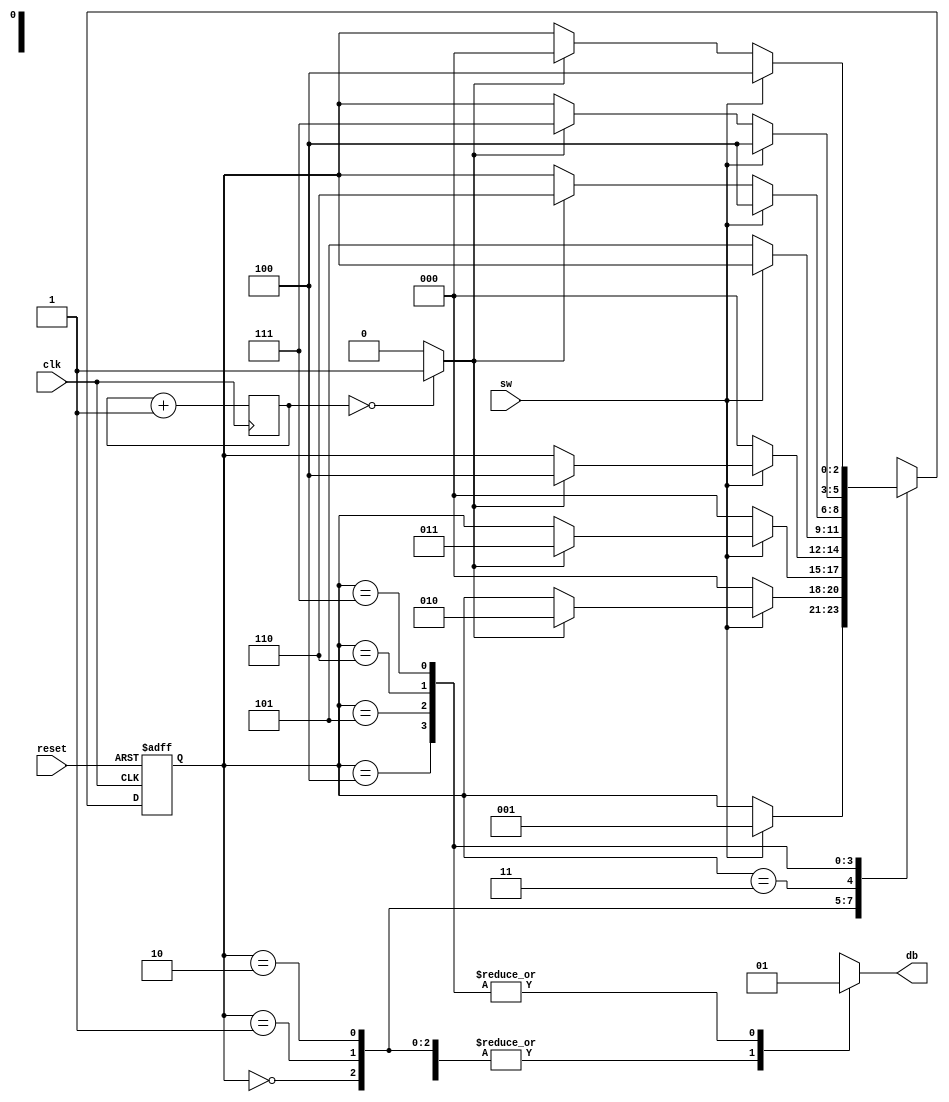
`timescale 1ns / 1ps
//////////////////////////////////////////////////////////////////////////////////
// Company: 
// Engineer: 
// 
// Design Name: 
// Module Name:    Debouncer 
// Project Name: 
// Target Devices: 
// Tool versions: 
// Description: 
//
// Dependencies: 
//
// Revision: 
// Revision 0.01 - File Created
// Additional Comments: 
//
//////////////////////////////////////////////////////////////////////////////////
module Debouncer
	 (
    input wire clk, reset,
    input wire sw, //swith de entrada
    output reg db //salida corregida
   );

   // declaracion de los estados
   localparam  [2:0]
               cero    = 3'b000,
               wait1_1 = 3'b001,
               wait1_2 = 3'b010,
               wait1_3 = 3'b011,
               uno     = 3'b100,
               wait0_1 = 3'b101,
               wait0_2 = 3'b110,
               wait0_3 = 3'b111;

   // number of counter bits (2^N * 20ns = 10ms tick)
   localparam N =19;

   // declaracin de variables
   reg [N-1:0] q_reg;
   wire [N-1:0] q_next;
   wire m_tick;
   reg [2:0] state_reg, state_next;

 

  
   // contador para generar el tick de 10 ms 
   always @(posedge clk)
      q_reg <= q_next;
   // next-state logic
   assign q_next = q_reg + 1;
   // output tick
   assign m_tick = (q_reg==0) ? 1'b1 : 1'b0;

 
   // Mquina de estados
  
   // controlador deestados
    always @(posedge clk, posedge reset)
       if (reset)
          state_reg <= cero;
       else
          state_reg <= state_next;

   // logica de transicin entre estados
   always @*
   begin
      state_next = state_reg;  // default state: the same
      db = 1'b0;               // default output: 0
      case (state_reg)
         cero:
            if (sw)
               state_next = wait1_1;
         wait1_1:
            if (~sw)
               state_next = cero;
            else
               if (m_tick)
                  state_next = wait1_2;
         wait1_2:
            if (~sw)
               state_next = cero;
            else
               if (m_tick)
                  state_next = wait1_3;
         wait1_3:
            if (~sw)
               state_next = cero;
            else
               if (m_tick)
                  state_next = uno;
         uno:
            begin
              db = 1'b1;
              if (~sw)
                 state_next = wait0_1;
            end
         wait0_1:
            begin
               db = 1'b1;
               if (sw)
                  state_next = uno;
               else
                 if (m_tick)
                    state_next = wait0_2;
            end
         wait0_2:
            begin
               db = 1'b1;
               if (sw)
                  state_next = uno;
               else
                 if (m_tick)
                    state_next = wait0_3;
            end
         wait0_3:
            begin
               db = 1'b1;
               if (sw)
                  state_next = uno;
               else
                 if (m_tick)
                    state_next = cero;
            end
				
				
         default: state_next = cero;
      endcase
		
   end //end delalways 

endmodule